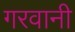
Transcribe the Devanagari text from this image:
गरवानी